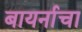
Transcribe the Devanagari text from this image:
बायर्नाचा